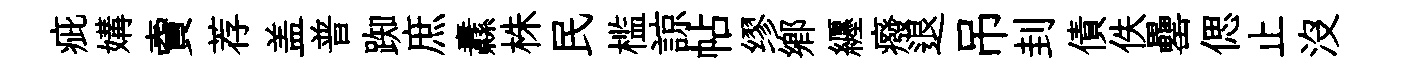
疵媾𧶠荐盖普踟庶纛株民槛諒帖缪鄕纒癈退吊刲債佚罍偲止没